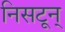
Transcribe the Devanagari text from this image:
निसटून्